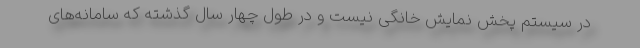
در سیستم پخش نمایش خانگی نیست و در طول چهار سال گذشته که سامانه‌های